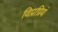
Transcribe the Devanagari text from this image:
विप्रप्रियं